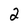
Character: 2